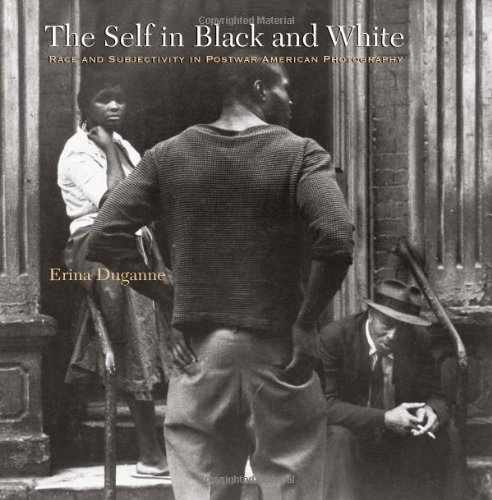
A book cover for The Self in Black and White: Race and Subjectivity in Postwar American Photography (Interfaces: Studies in Visual Culture); Erina Duganne; Arts & Photography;